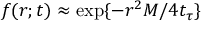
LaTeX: f ( r ; t ) \approx \exp \{ - r ^ { 2 } M / 4 t _ { \tau } \}